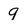
Character: 9